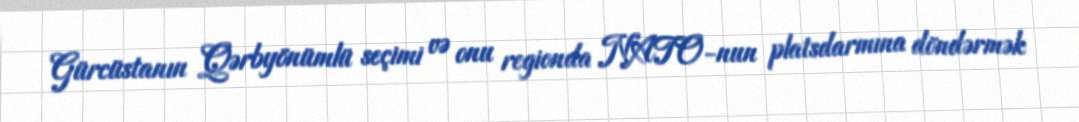
Gürcüstanın Qərbyönümlü seçimi və onu regionda NATO-nun platsdarmına döndərmək